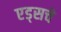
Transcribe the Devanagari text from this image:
एड्‌सचे